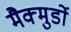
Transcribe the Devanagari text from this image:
मैक्मुर्डो